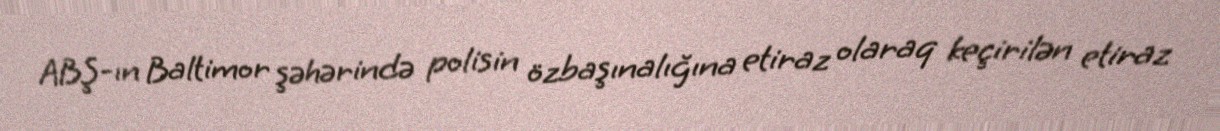
ABŞ-ın Baltimor şəhərində polisin özbaşınalığına etiraz olaraq keçirilən etiraz